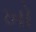
ખો